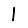
Digit: 1